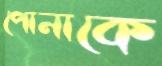
পোনাকে